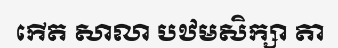
កើត សាលា បឋមសិក្សា តា